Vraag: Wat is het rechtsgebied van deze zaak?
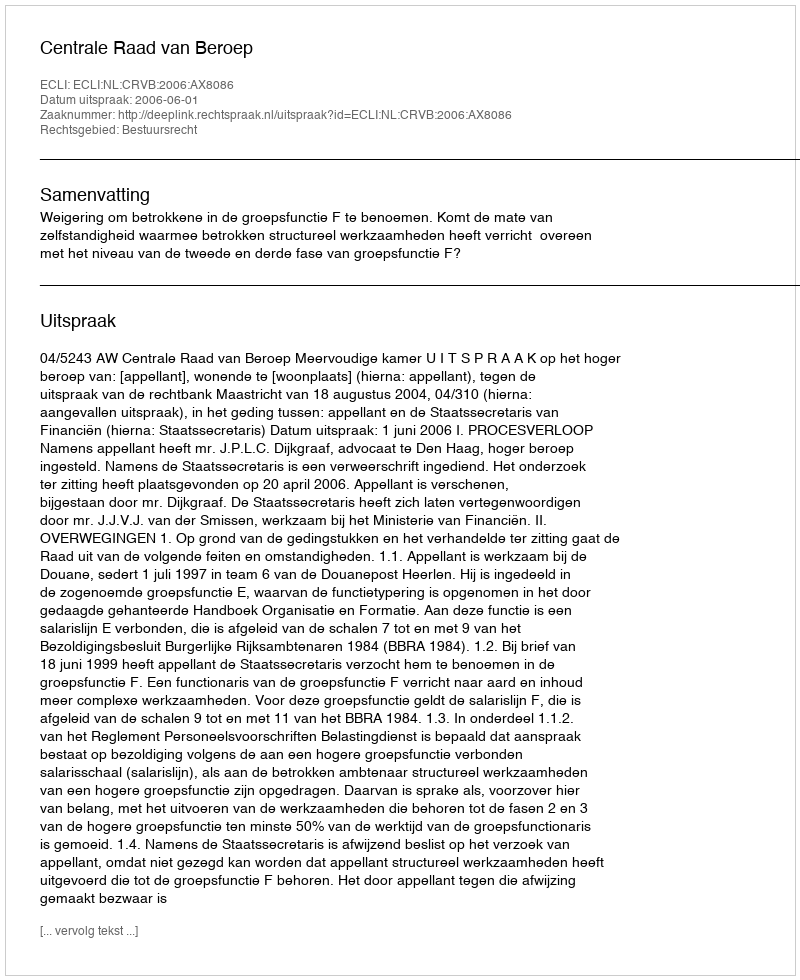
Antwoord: Bestuursrecht